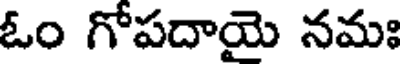
ఓం గోపదాయై నమః